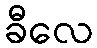
ခီလေ